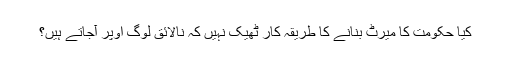
کیا حکومت کا میرٹ بنانے کا طریقہ کار ٹھیک نہیں کہ نالائق لوگ اوپر آجاتے ہیں؟